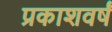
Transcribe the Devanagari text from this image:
प्रकाशवर्षं